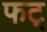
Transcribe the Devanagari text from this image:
फट्